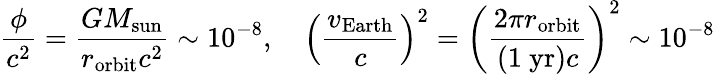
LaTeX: {\frac{\phi}{c^{2}}}={\frac{GM_{\mathrm{sun}}}{r_{\mathrm{orbit}}c^{2}}}\sim 10^{-8},\quad\left({\frac{v_{\mathrm{Earth}}}{c}}\right)^{2}=\left({\frac{2\pi r_{\mathrm{orbit}}}{(1\ \mathrm{yr})c}}\right)^{2}\sim 10^{-8}